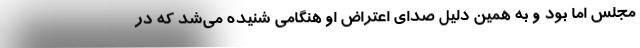
مجلس اما بود و به همین دلیل صدای اعتراض او هنگامی شنیده می‌شد که در